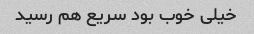
خیلی خوب بود سریع هم رسید